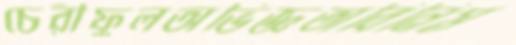
চেরীফুলঅভিজ্ঞতাবিনিম